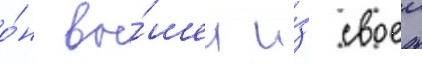
о́н вы́шел и́з своеи